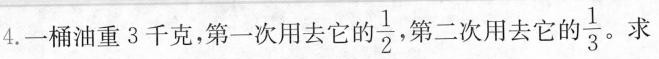
4.一桶油重3千克，第一次用去它的